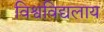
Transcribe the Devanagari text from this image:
विश्वविद्यलाय